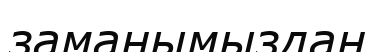
заманымыздан